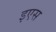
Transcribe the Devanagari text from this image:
इएस